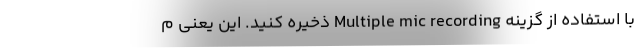
با استفاده از گزینه Multiple mic recording ذخیره کنید. این یعنی م